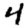
Digit: 4